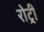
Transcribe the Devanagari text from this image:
रोट्री